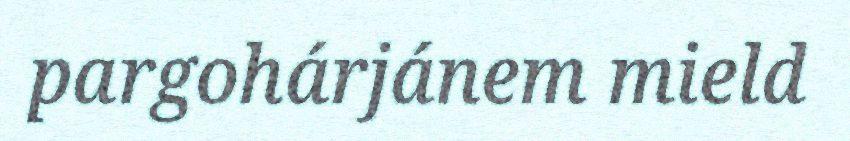
pargohárjánem mield